Vaccination in Bombay 1863-1868 - 1863-1868
Year: 1863
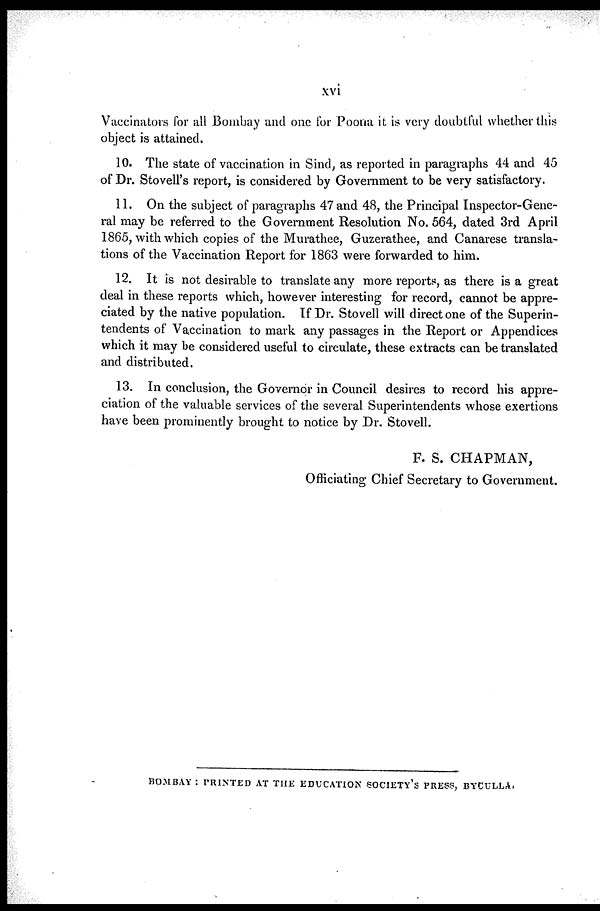
xvi
Vaccinators for all Bombay and one for Poona it is very doubtful whether this?
object is attained.
10. The state of vaccination in Sind, as reported in paragraphs 44 and 45
of Dr. Stovell's report, is considered by Government to be very satisfactory.
11. On the subject of paragraphs 47 and 48, the Principal Inspector-Gene-
ral may be referred to the Government Resolution No. 564, dated 3rd April
1865, with which copies of the Murathee, Guzerathee, and Canarese transla-
tions of the Vaccination Report for 1863 were forwarded to him.
12. It is not desirable to translate any more reports, as there is a great
deal in these reports which, however interesting for record, cannot be appre-
ciated by the native population. If Dr. Stovell will direct one of the Superin-
tendents of Vaccination to mark any passages in the Report or Appendices
which it may be considered useful to circulate, these extracts can be translated
and distributed.
13. In conclusion, the Governor in Council desires to record his appre-
ciation of the valuable services of the several Superintendents whose exertions
have been prominently brought to notice by Dr. Stovell.
F. S. CHAPMAN,
Officiating Chief Secretary to Government.
BOMBAY : PRINTED AT THE EDUCATION SOCIETY'S PRESS, BYCULLA.